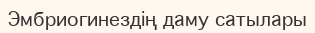
Эмбриогинездің даму сатылары